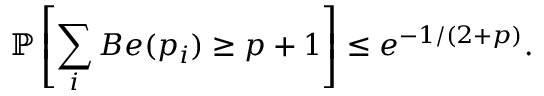
\mathbb { P } \left[ \sum _ { i } B e ( p _ { i } ) \ge p + 1 \right] \le e ^ { - 1 / ( 2 + p ) } .